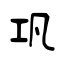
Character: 巩